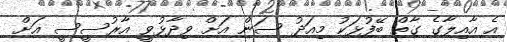
އެ އާއިލާގެ ގާތް ބޭފުޅަކު މިއަދު ސަން އަށް ވިދާޅުވީ އާރުސީސީ އަށް